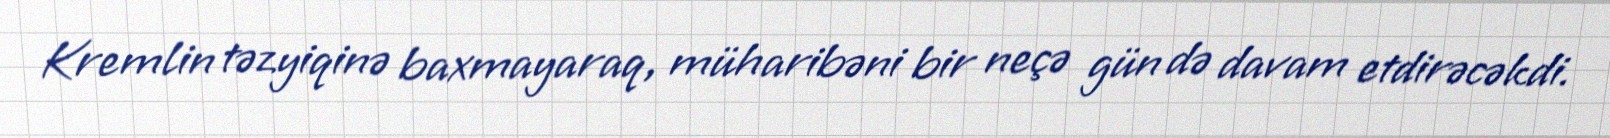
Kremlin təzyiqinə baxmayaraq, müharibəni bir neçə gün də davam etdirəcəkdi.